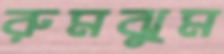
রুমঝুম